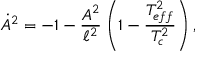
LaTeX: \dot { A } ^ { 2 } = - 1 - \frac { A ^ { 2 } } { \ell ^ { 2 } } \left( 1 - \frac { T _ { e f f } ^ { 2 } } { T _ { c } ^ { 2 } } \right) ,